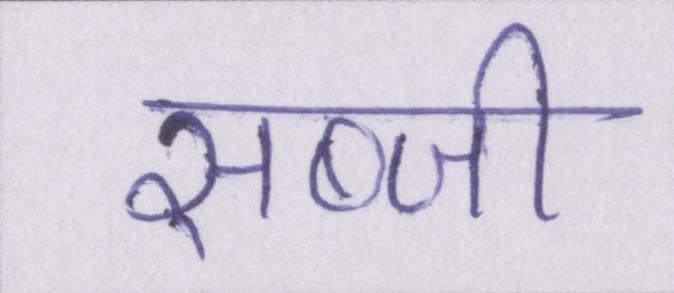
सब्जी